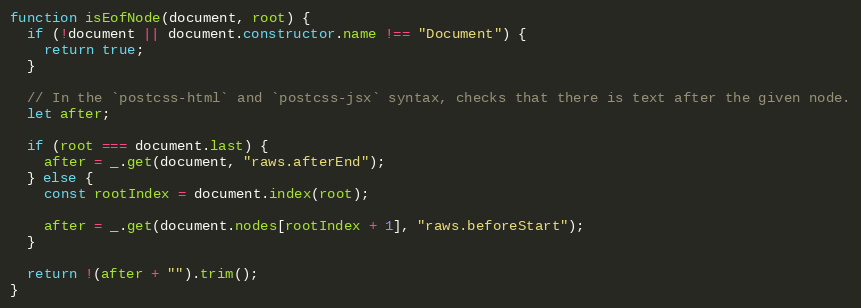
Language: JavaScript
function isEofNode(document, root) {
  if (!document || document.constructor.name !== "Document") {
    return true;
  }

  // In the `postcss-html` and `postcss-jsx` syntax, checks that there is text after the given node.
  let after;

  if (root === document.last) {
    after = _.get(document, "raws.afterEnd");
  } else {
    const rootIndex = document.index(root);

    after = _.get(document.nodes[rootIndex + 1], "raws.beforeStart");
  }

  return !(after + "").trim();
}